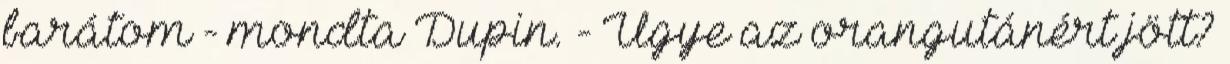
barátom - mondta Dupin. - Ugye az orangutánért jött?